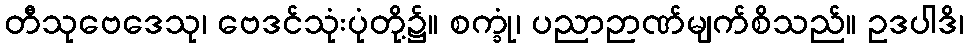
တီသုဗေဒေသု၊ ဗေဒင်သုံးပုံတို့၌။ စက္ခုံ၊ ပညာဉာဏ်မျက်စိသည်။ ဥဒပါဒိ၊